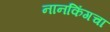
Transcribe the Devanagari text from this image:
नानकिंगचा